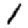
Digit: 1